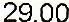
29.00